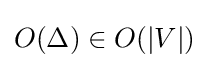
O(\Delta )\in O(|V|)